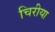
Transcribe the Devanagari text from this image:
चिरीया